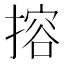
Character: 搈